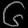
Digit: ၆